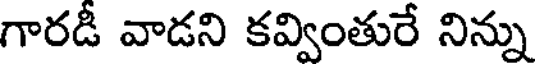
గారడీ వాడని కవ్వింతురే నిన్ను